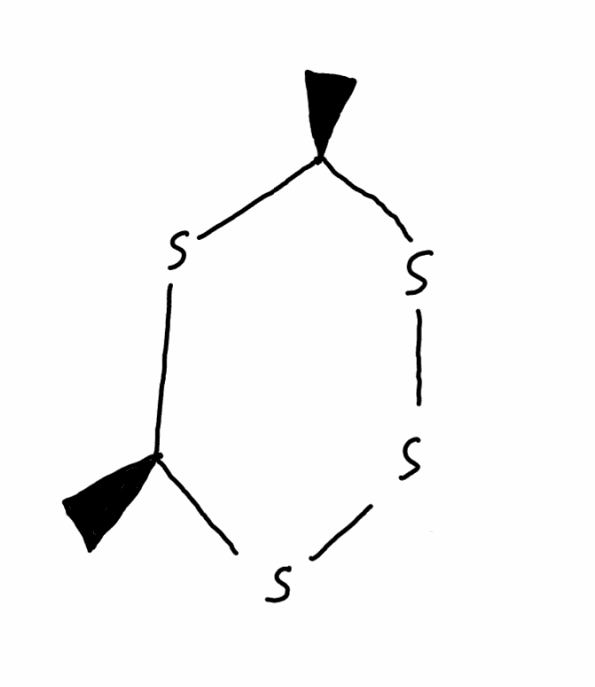
Simplified molecular-input line-entry system (SMILES) notation of the given molecule:
C[C@@H]1S[C@@H](SSS1)C